Jaan_Tonisson_(Lasteleht), lk 260
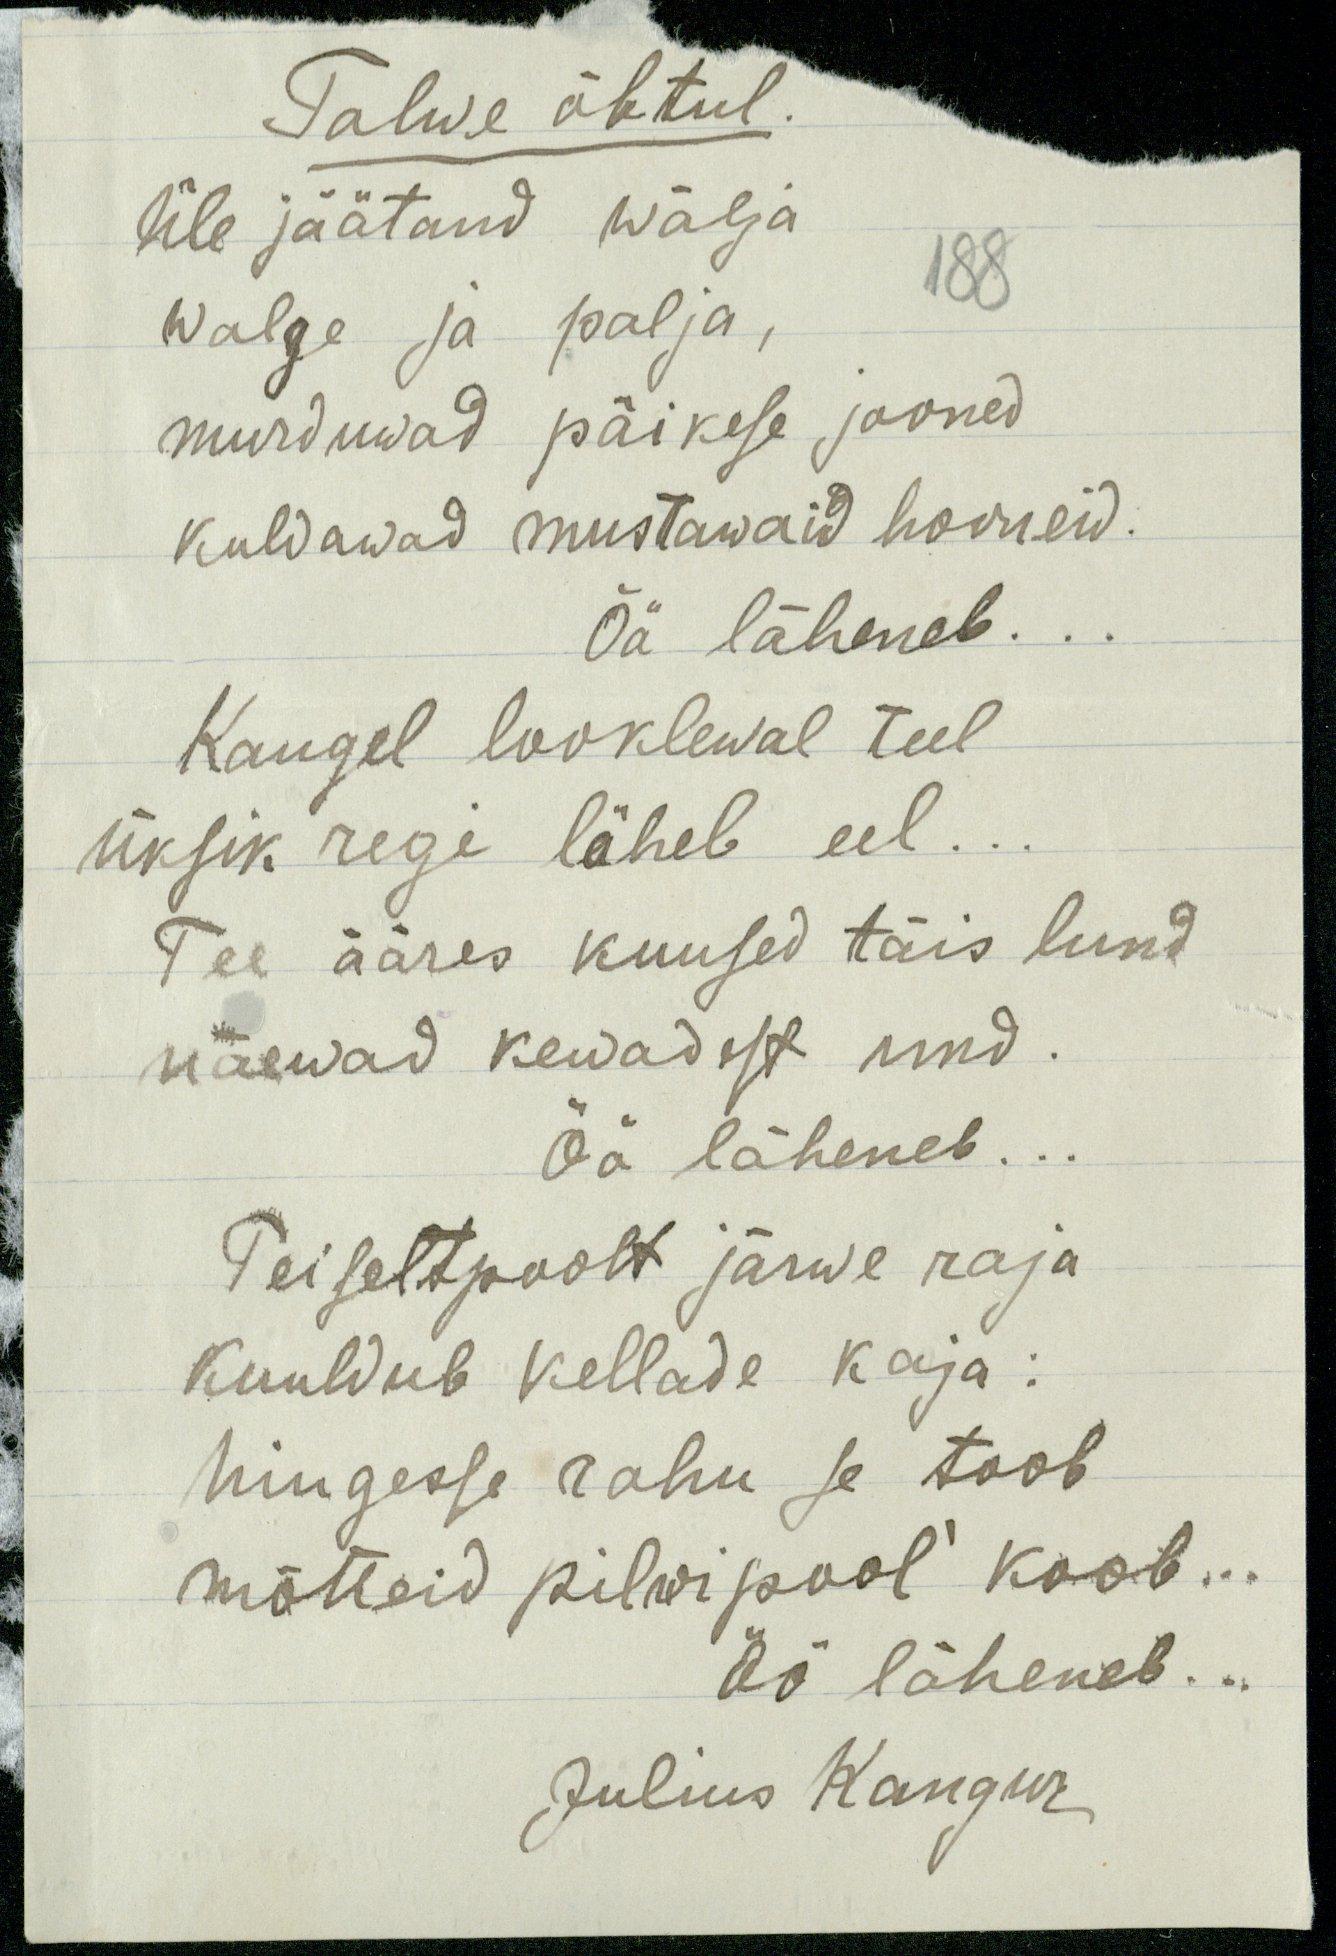
Talwe õhtul.
Üle jäätand wälja
188
walge ja palja,
murduwad päikese jooned
kuldawad mustawaid hooneid.
Öö läheneb.
Kaugel looklewal teel
üksik regi läheb eel.
Tee ääres kuused täis lund
näewad kewadest und.
Öö läheneb...
Teiseltpoolt järwe raja
kuuldub kellade kaja:
hingesse rahu se toob
mõtteid pilwipool' kaob...
Öö läheneb...
Julius Kangur